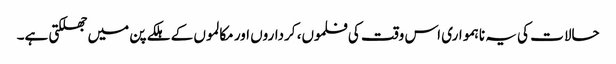
حالات کی یہ ناہمواری اس وقت کی فلموں، کرداروں اور مکالموں کے ہلکے پن میں جھلکتی ہے۔